Document type: Sale
Year: 1439
Scribe: Arnau d'Illes
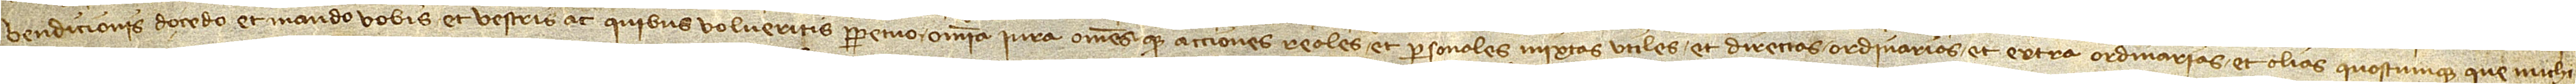
vendicionis do, cedo et mando vobis et vestris ac quibus volueritis perpetuo omnia iura omnesque acciones reales et personales mixtas, utiles et directas, ordinarias et extra ordinarias et alias quascumque que michi